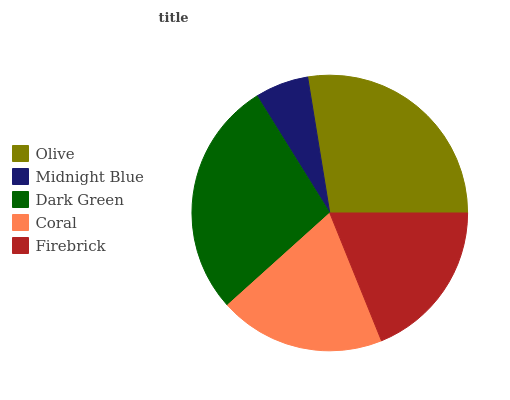
| Olive | Midnight Blue | Dark Green | Coral | Firebrick |
 | --- | --- | --- | --- | --- |
 | 27.5% | 6.28% | 27.8% | 19.4% | 18.9% |